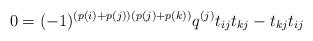
LaTeX: \begin{align*}0 =(-1)^{(p(i)+p(j))(p(j)+p(k))}q^{(j)}t_{ij}t_{kj} - t_{kj}t_{ij}\end{align*}